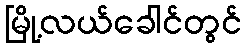
မြို့လယ်ခေါင်တွင်